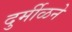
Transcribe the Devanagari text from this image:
दुर्मीळने